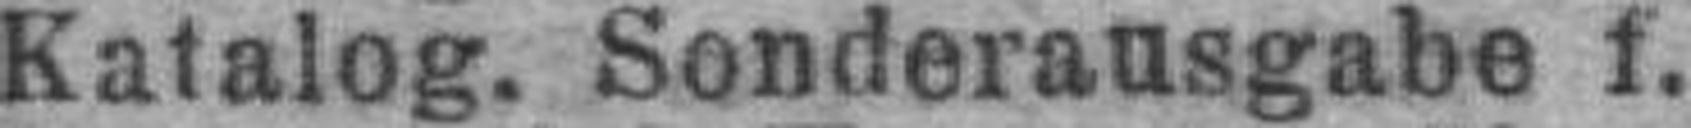
Katalog. Sonderausgabe f.